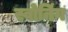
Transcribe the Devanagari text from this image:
स्वोनिंग